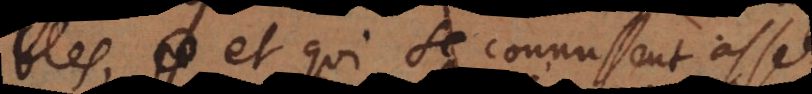
bles, et qui se connussent assez